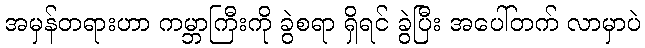
အမှန်တရားဟာ ကမ္ဘာကြီးကို ခွဲစရာ ရှိရင် ခွဲပြီး အပေါ်တက် လာမှာပဲ